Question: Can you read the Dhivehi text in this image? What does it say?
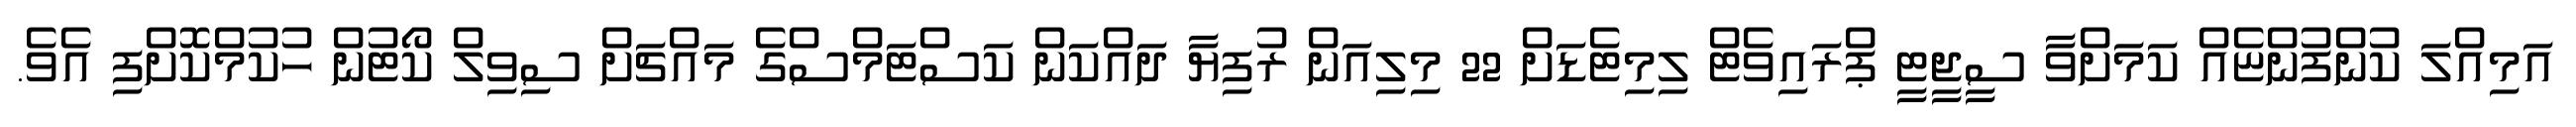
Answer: އަމިއްލަ ކުންފުންޏެއް ކަމަށްވާ ސީޖީޓީ ޕްރައިވެޓް ލިމިޓެޑަށް 22 މިލިއަން ރުފިޔާ ދައްކަން ކަސްޓަމްސްގެ މައްޗަށް ސިވިލް ކޯޓުން ހުކުމްކޮށްފި އެވެ.